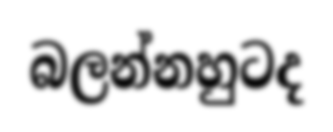
බලන්නහුටද